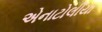
એનાટોલીયા